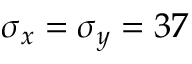
\sigma _ { x } = \sigma _ { y } = 3 7